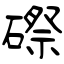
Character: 磜